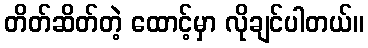
တိတ်ဆိတ်တဲ့ ထောင့်မှာ လိုချင်ပါတယ်။